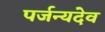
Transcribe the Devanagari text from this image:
पर्जन्यदेव